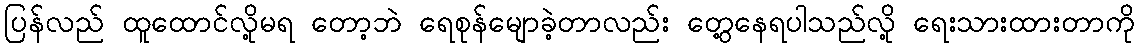
ပြန်လည် ထူထောင်လို့မရ တော့ဘဲ ရေစုန်မျောခဲ့တာလည်း တွေ့နေရပါသည်လို့ ရေးသားထားတာကို